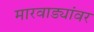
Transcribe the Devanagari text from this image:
मारवाड्यांवर